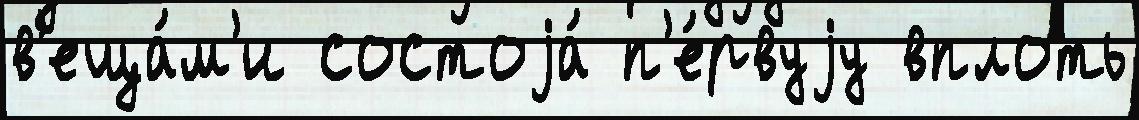
в'еща́м'и состоjа́ п'е́рвуjу вплоть